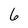
Character: 6